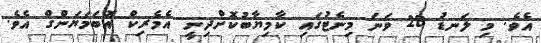
އެވެ. މި ލަނޑު 28 ވަނަ މިނެޓުގައި ކާމިޔާބުކޮށްދިނީ އެމެރިކް އޮބަމަޔަންގް އެވެ.